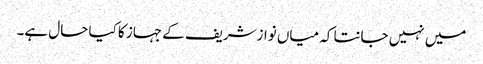
میں نہیں جانتا کہ میاں نوازشریف کے جہاز کا کیا حال ہے۔